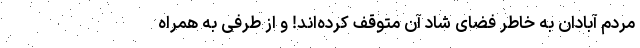
مردم آبادان به خاطر فضای شاد آن متوقف کرد‌ه‌اند! و از طرفی به همراه